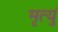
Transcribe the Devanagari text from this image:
मृत्युं